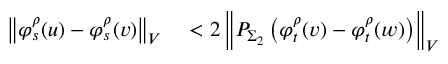
\begin{array} { r l } { \left\Vert \varphi _ { s } ^ { \rho } ( u ) - \varphi _ { s } ^ { \rho } ( v ) \right\Vert _ { V } } & { { } < 2 \left\Vert P _ { \Sigma _ { 2 } } \left( \varphi _ { t } ^ { \rho } ( v ) - \varphi _ { t } ^ { \rho } ( w ) \right) \right\Vert _ { V } } \end{array}